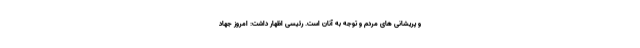
و پریشانی های مردم و توجه به آنان است. رئیسی اظهار داشت: امروز جهاد